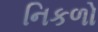
નિકળો